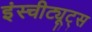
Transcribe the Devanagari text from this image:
इंस्चीट्यूट्स